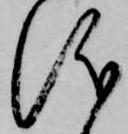
儀